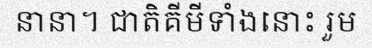
នានា។ ជាតិគីមីទាំងនោះ រួម